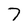
Character: 7